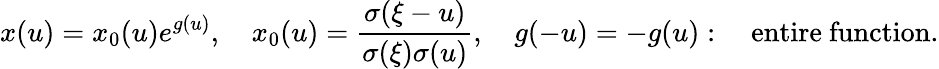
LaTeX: x(u)=x_{0}(u)e^{g(u)},\quad x_{0}(u)={\frac{\sigma(\xi-u)}{\sigma(\xi)\sigma(u)}},\quad g(-u)=-g(u):\quad\mathrm{entire~function}.